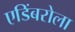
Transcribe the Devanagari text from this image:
एडिंबरोला